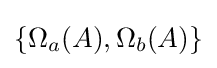
\{\Omega _{a}(A),\Omega _{b}(A)\}